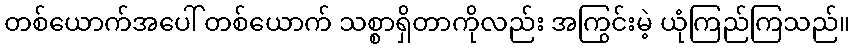
တစ်ယောက်အပေါ် တစ်ယောက် သစ္စာရှိတာကိုလည်း အကြွင်းမဲ့ ယုံကြည်ကြသည်။